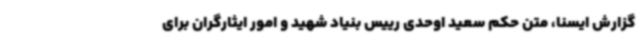
گزارش ایسنا، متن حکم سعید اوحدی رییس بنیاد شهید و امور ایثارگران برای